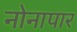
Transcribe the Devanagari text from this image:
नोनापार